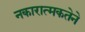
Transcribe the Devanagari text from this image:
नकारात्मकतेने